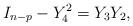
LaTeX: \begin{align*} I_{n-p}- Y_4^2= Y_3 Y_2,\end{align*}